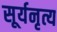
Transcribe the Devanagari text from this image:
सूर्यनृत्य